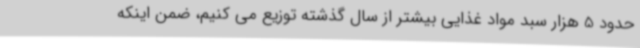
حدود 5 هزار سبد مواد غذایی بیشتر از سال گذشته توزیع می کنیم، ضمن اینکه